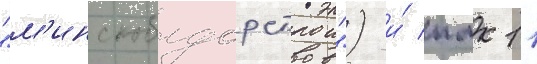
"м'инскоблдорстрои") и́ пмк 11